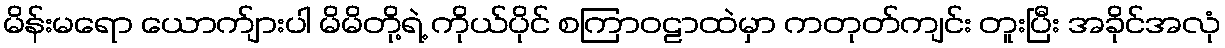
မိန်းမရော ယောက်ျားပါ မိမိတို့ရဲ့ ကိုယ်ပိုင် စကြာဝဠာထဲမှာ ကတုတ်ကျင်း တူးပြီး အခိုင်အလုံ